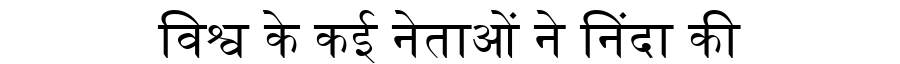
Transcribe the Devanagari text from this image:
विश्व के कई नेताओं ने निंदा की